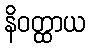
နိဝတ္ထာယ